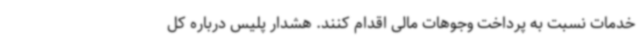
خدمات نسبت به پرداخت وجوهات مالی اقدام کنند. هشدار پلیس درباره کل